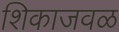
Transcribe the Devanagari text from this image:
शिकाजवळ